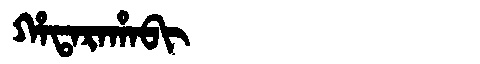
Manchu: ᡥᠠᡨᠠᡵᠠᡥᠠᠪᡳ
Romanization: HATARAHABI